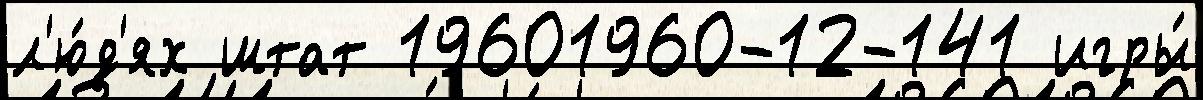
л'ю́д'ях штат 19601960-12-141 игры́